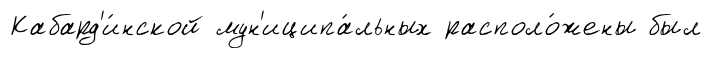
Кабард'и́нской мун'иципа́льных располо́жены был